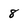
Character: 8